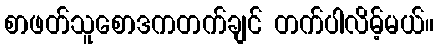
စာဖတ်သူစောဒကတက်ချင် တက်ပါလိမ့်မယ်။